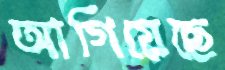
আগিয়েছে